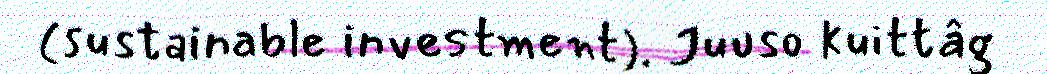
(sustainable investment). Juuso kuittâg